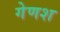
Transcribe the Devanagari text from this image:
गेणश